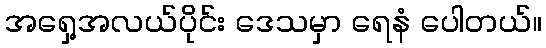
အရှေ့အလယ်ပိုင်း ဒေသမှာ ရေနံ ပေါတယ်။